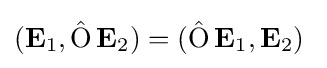
(\mathbf {E} _{1},\operatorname {\hat {O}} \mathbf {E} _{2})=(\operatorname {\hat {O}} \mathbf {E} _{1},\mathbf {E} _{2})\